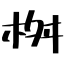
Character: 桝